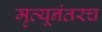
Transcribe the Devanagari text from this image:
मृत्यूनंतरच